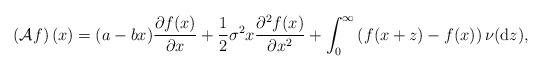
LaTeX: \begin{align*}\left(\mathcal{A}f\right)(x)=(a-bx)\frac{\partial f(x)}{\partial x}+\frac{1}{2}\sigma^{2}x\frac{\partial^{2}f(x)}{\partial x^{2}}+\int_{0}^{\infty}\left(f(x+z)-f(x)\right)\nu(\mathrm{d}z),\end{align*}